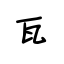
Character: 瓦